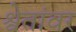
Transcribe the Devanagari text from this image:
श्वेतांवर